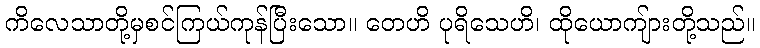
ကိလေသာတို့မှစင်ကြယ်ကုန်ပြီးသော။ တေဟိ ပုရိသေဟိ၊ ထိုယောကျ်ားတို့သည်။